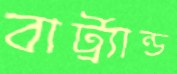
বার্ট্র্যান্ড